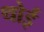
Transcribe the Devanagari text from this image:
थोई